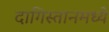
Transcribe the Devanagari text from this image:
दागिस्तानमध्ये